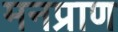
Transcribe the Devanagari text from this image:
मनप्राण